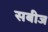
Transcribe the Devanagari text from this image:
सबीज